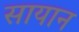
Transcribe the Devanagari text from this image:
सायान